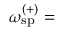
\omega _ { \mathrm { s p } } ^ { ( + ) } = \begin{array} { r l } \end{array}